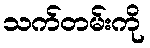
သက်တမ်းကို